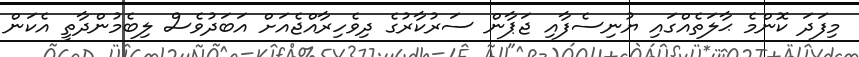
މިފަދަ ކޮންމެ ޙާލަތެއްގައި ޔުނިސެފާއި ޖަޕާން ސަރުކާރުގެ ދިވެހިރާއްޖެއަށް އަބަދުވެސް ލިބެމުންދާތީ އެކަން